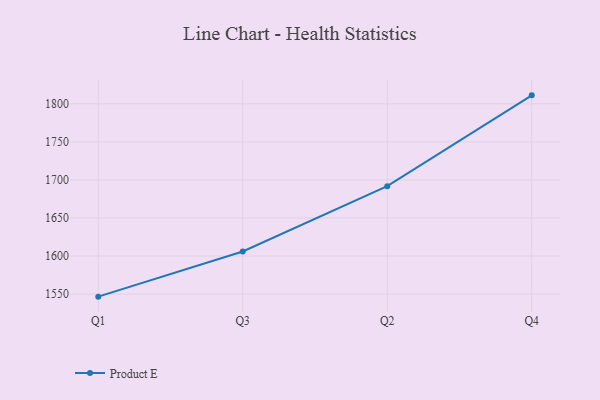
{"axis": {"x": "Quarter", "y": "Population (Million)"}, "legend": ["Product E"], "data": [{"x": "Q1", "y": 1546.6, "type": "Product E"}, {"x": "Q3", "y": 1606.0, "type": "Product E"}, {"x": "Q2", "y": 1691.8, "type": "Product E"}, {"x": "Q4", "y": 1811.1, "type": "Product E"}]}